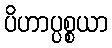
ပိဟာပ္ပစ္စယာ